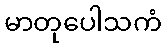
မာတုပေါသကံ